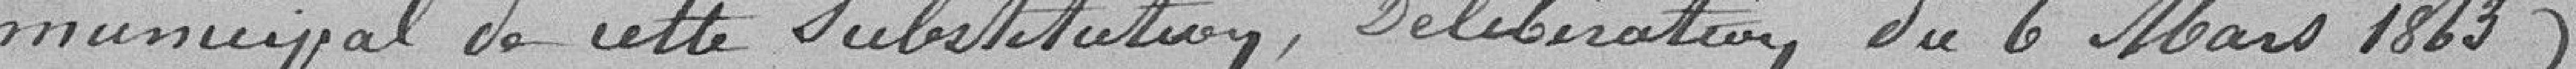
municipal de cette substitution, délibération du 6 mars 1863).